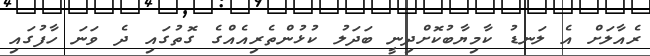
ރެއާލަށް އެ ލަނޑު ކާމިޔާބުކޮށްދިނީ ބަދަލު ކުޅުންތެރިއެއްގެ ގޮތުގައި ދެ ވަނަ ހާފުގައި